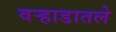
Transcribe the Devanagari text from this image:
वऱ्हाडातले